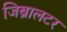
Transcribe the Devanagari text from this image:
जिब्रालटर